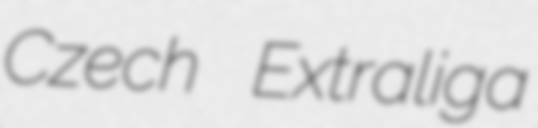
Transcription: Czech Extraliga